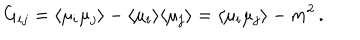
G _ { i j } = \langle \mu _ { i } \mu _ { j } \rangle - \langle \mu _ { i } \rangle \langle \mu _ { j } \rangle = \langle \mu _ { i } \mu _ { j } \rangle - m ^ { 2 } \, .